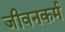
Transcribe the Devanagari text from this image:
जीवनकर्म